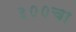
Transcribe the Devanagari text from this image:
३००चा